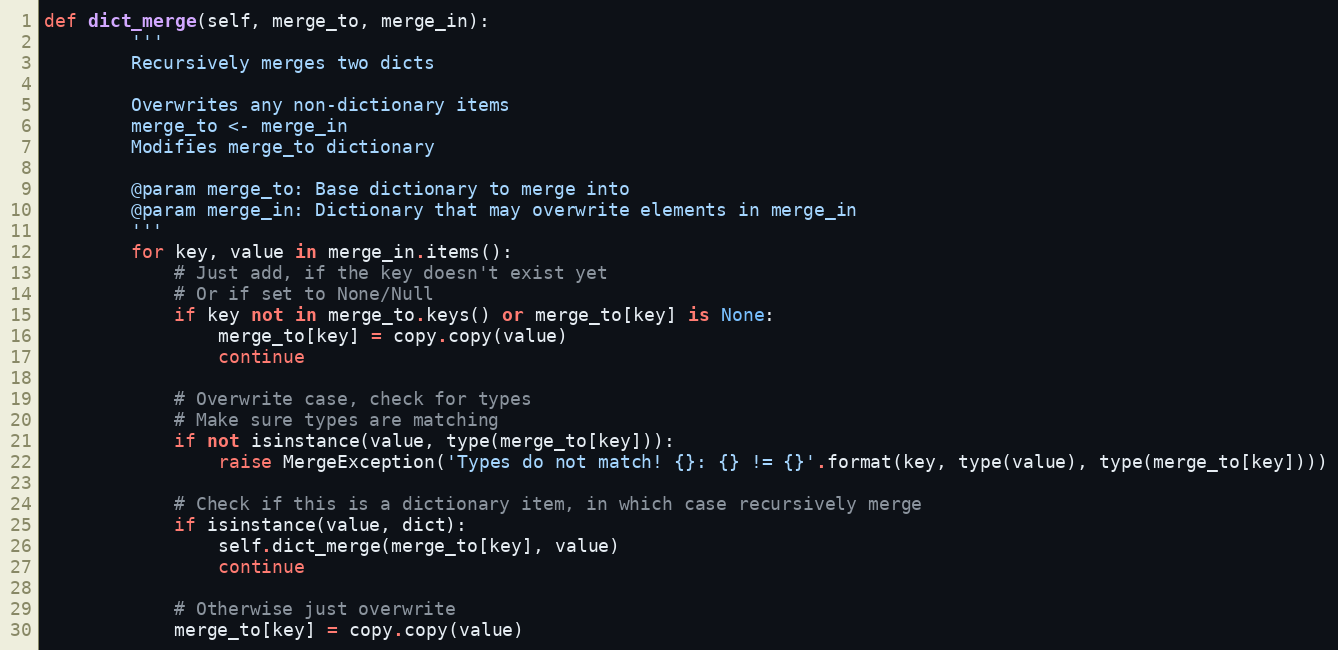
Language: Python
def dict_merge(self, merge_to, merge_in):
        '''
        Recursively merges two dicts

        Overwrites any non-dictionary items
        merge_to <- merge_in
        Modifies merge_to dictionary

        @param merge_to: Base dictionary to merge into
        @param merge_in: Dictionary that may overwrite elements in merge_in
        '''
        for key, value in merge_in.items():
            # Just add, if the key doesn't exist yet
            # Or if set to None/Null
            if key not in merge_to.keys() or merge_to[key] is None:
                merge_to[key] = copy.copy(value)
                continue

            # Overwrite case, check for types
            # Make sure types are matching
            if not isinstance(value, type(merge_to[key])):
                raise MergeException('Types do not match! {}: {} != {}'.format(key, type(value), type(merge_to[key])))

            # Check if this is a dictionary item, in which case recursively merge
            if isinstance(value, dict):
                self.dict_merge(merge_to[key], value)
                continue

            # Otherwise just overwrite
            merge_to[key] = copy.copy(value)